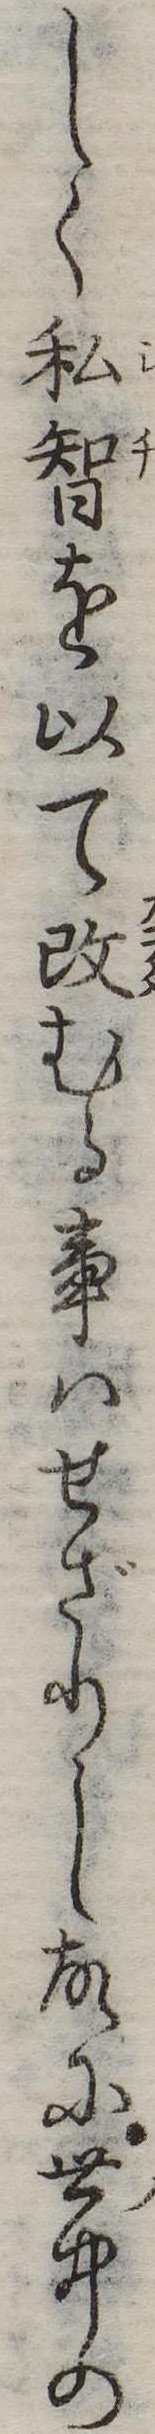
しく私智を以て改むる事はせざりし故に世中の